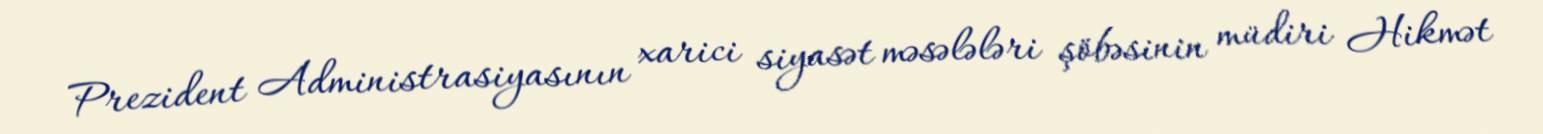
Prezident Administrasiyasının xarici siyasət məsələləri şöbəsinin müdiri Hikmət